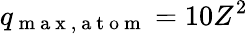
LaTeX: q_{\mathrm{~m~a~x~,~a~t~o~m~}}=10Z^{2}